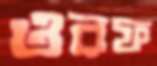
ওরফ